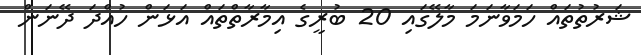
ޝަރުތުތައް ހަމަވާނަމަ މާލޭގައި 20 ބުރީގެ އިމާރާތްތައް އަޅަން ހުއްދަ ދޭނަން